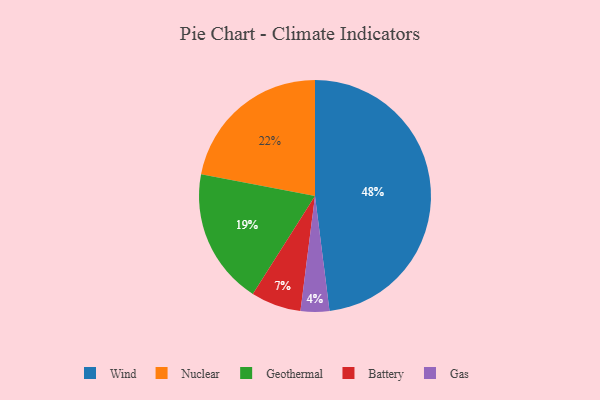
{"axis": {"x": "Category", "y": "Percentage"}, "legend": ["Battery", "Gas", "Geothermal", "Nuclear", "Wind"], "data": [{"x": "Wind", "y": 48, "type": "Wind"}, {"x": "Nuclear", "y": 22, "type": "Nuclear"}, {"x": "Gas", "y": 4, "type": "Gas"}, {"x": "Battery", "y": 7, "type": "Battery"}, {"x": "Geothermal", "y": 19, "type": "Geothermal"}]}